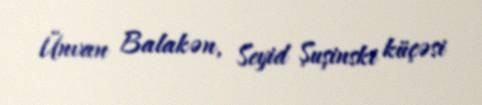
Ünvan Balakən, Seyid Şuşinski küçəsi